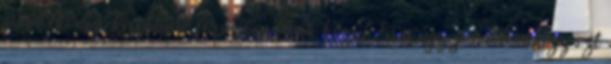
gondolkodású,kirobbanó formában lévők közül Én is úgy gondolom,hogy ezt